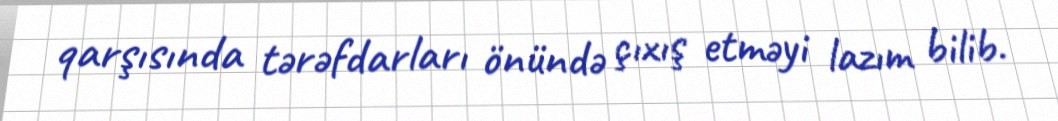
qarşısında tərəfdarları önündə çıxış etməyi lazım bilib.